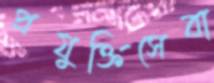
প্রযুক্তিসেবা